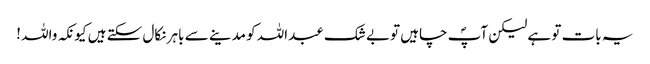
یہ بات تو ہے لیکن آپؐ چاہیں توبے شک عبداللہ کو مدینے سے باہر نکال سکتے ہیں کیونکہ واللہ !